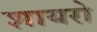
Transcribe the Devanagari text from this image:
शायरो